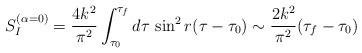
\begin{align*}S_I^{(\alpha = 0)} = \frac{4k^2}{\pi^2} \int_{\tau_0}^{\tau_f} d\tau{}~{\sin }^2\, r (\tau -\tau_0) \sim \frac{2k^2}{\pi^2}(\tau_f -\tau_0)\end{align*}